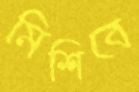
মিশিবে